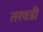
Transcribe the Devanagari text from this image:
तरवडी